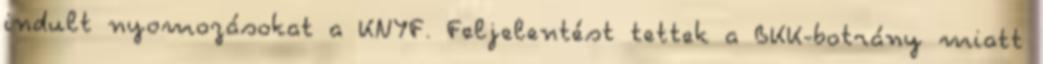
indult nyomozásokat a KNYF. Feljelentést tettek a BKK-botrány miatt